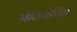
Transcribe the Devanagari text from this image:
नेविगेटिंग